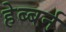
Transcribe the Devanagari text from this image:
हेब्बर्न